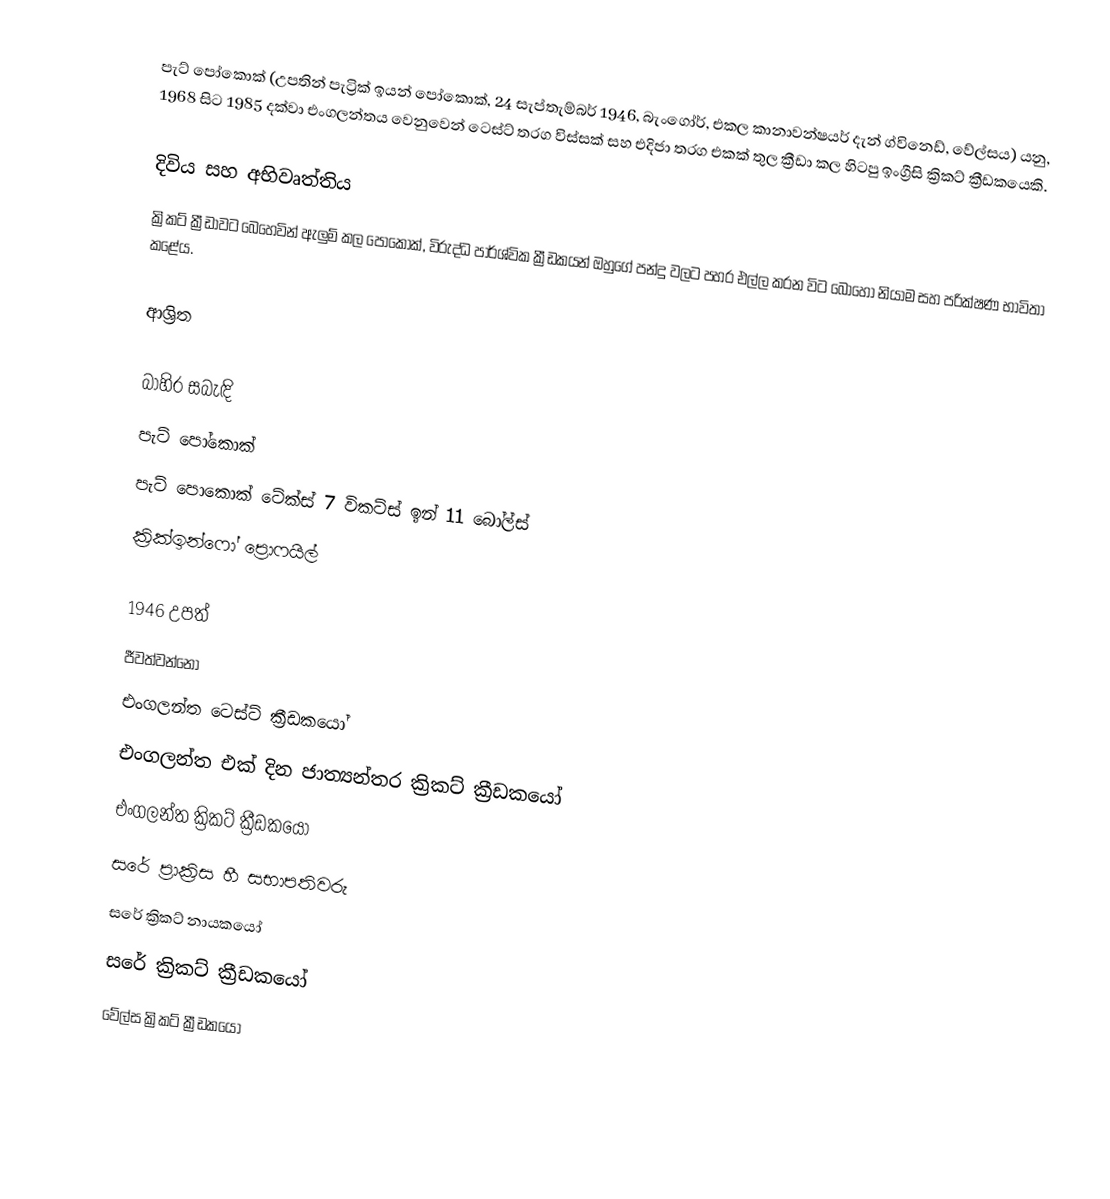
පැට් පෝකොක් (උපතින් පැට්‍රික් ඉයන් පෝකොක්, 24 සැප්තැම්බර් 1946,  බැංගෝර්, එකල කානාවන්ෂයර් දැන් ග්විනෙඩ්, වේල්සය) යනු,  1968 සිට 1985 දක්වා එංගලන්තය වෙනුවෙන්  ටෙස්ට් තරග විස්සක් සහ එදිජා  තරග එකක් තුල ක්‍රීඩා කල හිටපු  ඉංග්‍රීසි ක්‍රිකට් ක්‍රීඩකයෙකි.

දිවිය සහ අභිවෘත්තිය
ක්‍රිකට් ක්‍රීඩාවට බෙහෙවින් ඇලුම් කල පෝකොක්, විරුද්ධ පාර්ශ්වික ක්‍රීඩකයන් ඔහුගේ පන්දු වලට පහර එල්ල කරන විට බොහෝ නියාම සහ පරික්ෂණ භාවිතා කළේය.

ආශ්‍රිත

බාහිර සබැඳි
පැට් පෝකොක්
පැට් පොකොක් ටේක්ස් 7 විකට්ස් ඉන් 11 බෝල්ස්
ක්‍රික්ඉන්ෆෝ ප්‍රොෆයිල්

1946 උපත්
ජීවත්වන්නෝ
එංගලන්ත ටෙස්ට් ක්‍රීඩකයෝ
එංගලන්ත එක් දින ජාත්‍යන්තර ක්‍රිකට් ක්‍රීඩකයෝ
එංගලන්ත ක්‍රිකට් ක්‍රීඩකයෝ
සරේ ප්‍රාක්‍රිස හී සභාපතිවරු
සරේ ක්‍රිකට් නායකයෝ
සරේ ක්‍රිකට් ක්‍රීඩකයෝ
වේල්ස ක්‍රිකට් ක්‍රීඩකයෝ